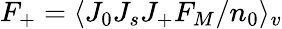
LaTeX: F_{+}=\langle J_{0}J_{s}J_{+}F_{M}/n_{0}\rangle_{v}